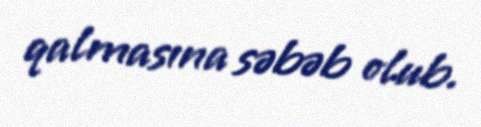
qalmasına səbəb olub.